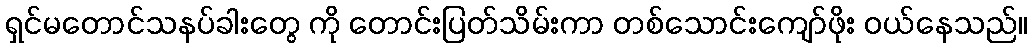
ရှင်မတောင်သနပ်ခါးတွေ ကို တောင်းပြတ်သိမ်းကာ တစ်သောင်းကျော်ဖိုး ဝယ်နေသည်။